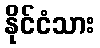
နိုင်ငံသား